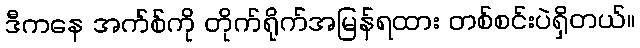
ဒီကနေ အက်စ်ကို တိုက်ရိုက်အမြန်ရထား တစ်စင်းပဲရှိတယ်။